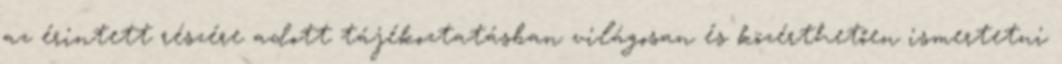
az érintett részére adott tájékoztatásban világosan és közérthetően ismertetni